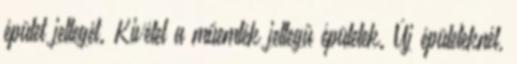
épület jellegét. Kivétel a műemlék jellegű épületek. Új épületeknél,